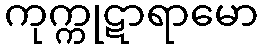
ကုက္ကုဋာရာမော